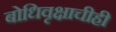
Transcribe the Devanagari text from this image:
बोधिवृक्षाचीही